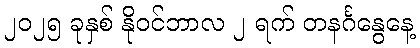
၂၀၂၅ ခုနှစ် နိုဝင်ဘာလ ၂ ရက် တနင်္ဂနွေနေ့